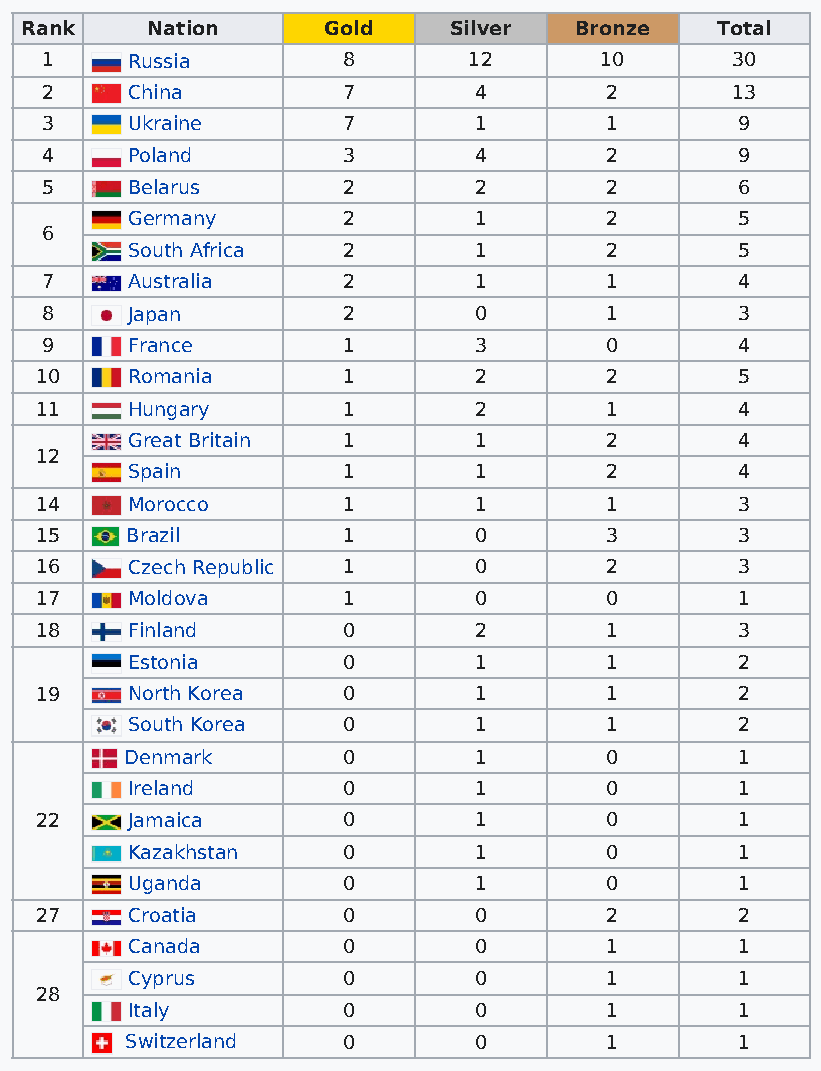
Rank     Nation     Gold     Silver  Bronze   Total
 1    Russia         8       12       10      30
 2    China          7       4        2       13
 3    Ukraine        7       1        1        9
 4    Poland         3       4        2        9
 5    Belarus        2       2        2        6
 Germany        2       1        2        5
 6
 South Africa   2       1        2        5
 7    Australia      2       1        1        4
 8    Japan          2       0        1        3
 9    France         1       3        0        4
 10    Romania        1       2        2        5
 11    Hungary        1       2        1        4
 Great Britain  1       1        2        4
 12
 Spain          1       1        2        4
 14    Morocco        1       1        1        3
 15    Brazil         1       0        3        3
 16    Czech Republic 1       0        2        3
 17    Moldova        1       0        0        1
 18    Finland        0       2        1        3
 Estonia        0       1        1        2
 19    North Korea    0       1        1        2
 South Korea    0       1        1        2
 Denmark        0       1        0        1
 Ireland        0       1        0        1
 22    Jamaica        0       1        0        1
 Kazakhstan     0       1        0        1
 Uganda         0       1        0        1
 27    Croatia        0       0        2        2
 Canada         0       0        1        1
 Cyprus         0       0        1        1
 28
 Italy          0       0        1        1
 Switzerland    0       0        1        1